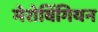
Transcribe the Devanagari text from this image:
मेरोविंगियन